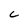
Character: C